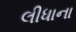
લીધાના